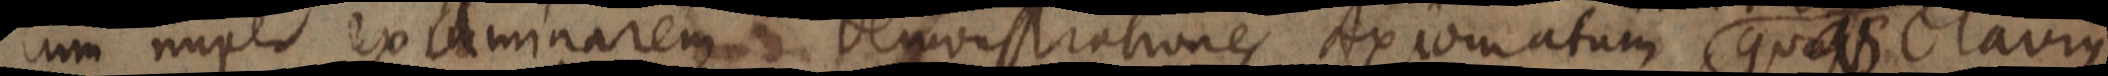
Cum nuper examinarem Demonstrationes Axiomatum quas Clavius